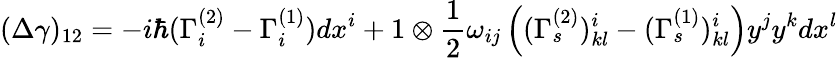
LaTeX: (\Delta\gamma)_{12}=-i\hbar(\Gamma_{i}^{(2)}-\Gamma_{i}^{(1)})dx^{i}+1\otimes\frac{1}{2}\omega_{ij}\left((\Gamma_{s}^{(2)})_{kl}^{i}-(\Gamma_{s}^{(1)})_{kl}^{i}\right)y^{j}y^{k}dx^{l}